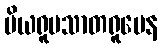
ပိယရူပသာတရူပေန